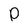
Character: p